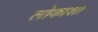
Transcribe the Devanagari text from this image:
लोकाशा